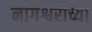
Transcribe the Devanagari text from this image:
नागेश्वराच्या